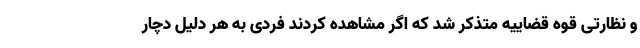
و نظارتی قوه قضاییه متذکر شد که اگر مشاهده کردند فردی به هر دلیل دچار